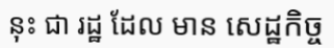
នុះ ជា រដ្ឋ ដែល មាន សេដ្ឋកិច្ច